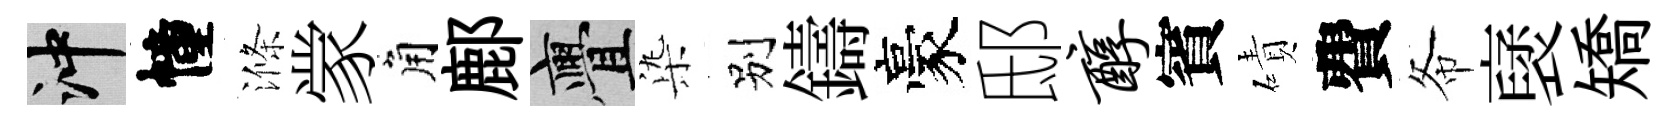
冲幢滌䝉角鄜亹𣑱别鑄豪邸醇賓磧費𢁙裦矯